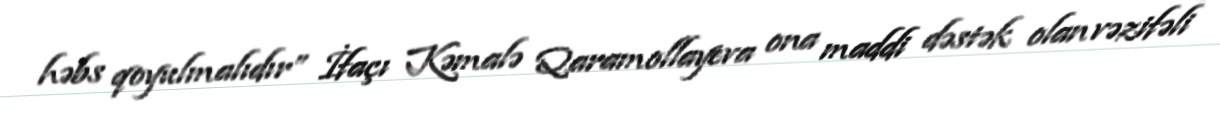
həbs qoyulmalıdır” İfaçı Kəmalə Qaramollayeva ona maddi dəstək olan vəzifəli